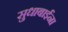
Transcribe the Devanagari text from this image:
सुधाबाईंना